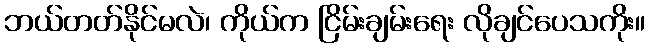
ဘယ်တတ်နိုင်မလဲ၊ ကိုယ်က ငြိမ်းချမ်းရေး လိုချင်ပေသကိုး။